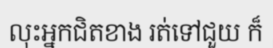
លុះអ្នកជិតខាង រត់ទៅជួយ ក៏